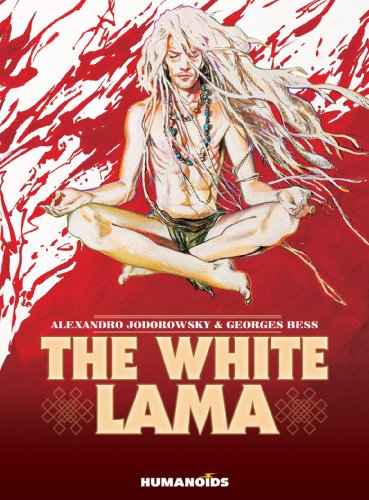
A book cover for The White Lama; Alexandro Jodorowsky; Comics & Graphic Novels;